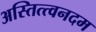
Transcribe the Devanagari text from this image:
अस्तित्त्वनदम